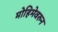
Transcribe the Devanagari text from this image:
मोहिमेवरुन